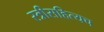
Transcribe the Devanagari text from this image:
स्त्रीसहित्यच